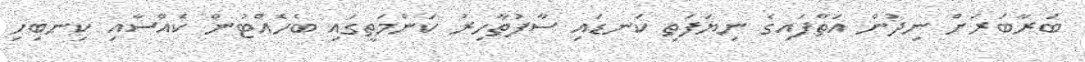
ބަރާބަރަށް ނިދުން އަތްފައިގެ ނިޔަަފަތި ކަނޑައި ސާފުތާހިރު ކަންމަތީގައި ބެހެއްޓުން ކެއްސާއި ކިނބިހި